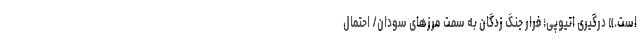
است.» درگیری اتیوپی؛ فرار جنگ ‌زدگان به سمت مرزهای سودان/ احتمال